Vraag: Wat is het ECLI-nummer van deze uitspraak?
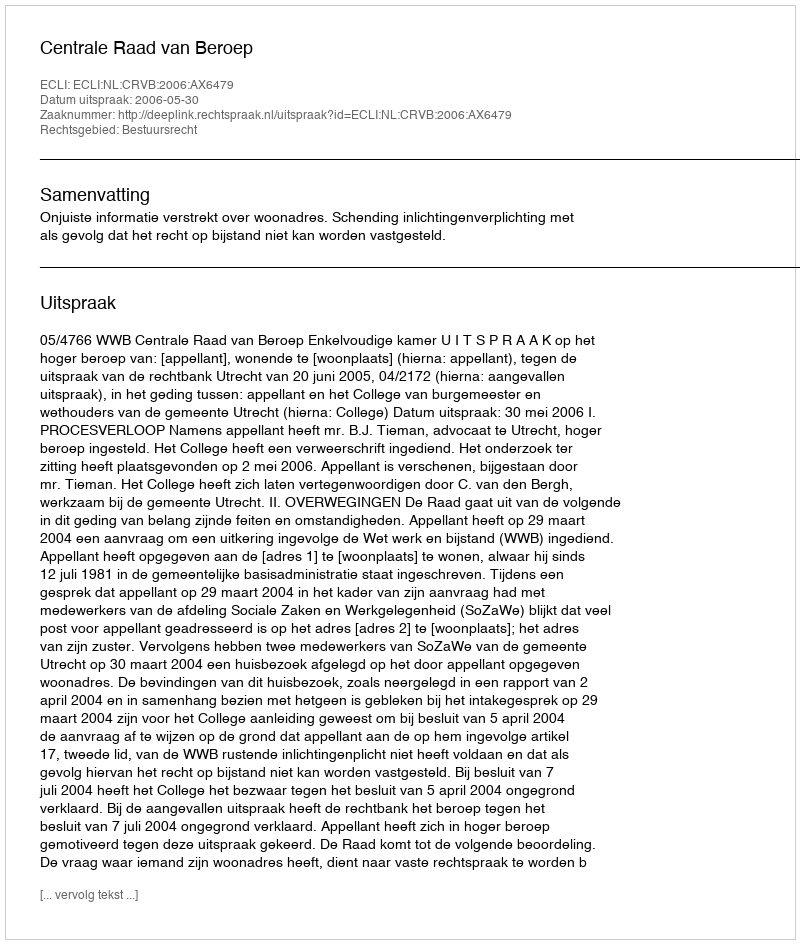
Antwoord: ECLI:NL:CRVB:2006:AX6479